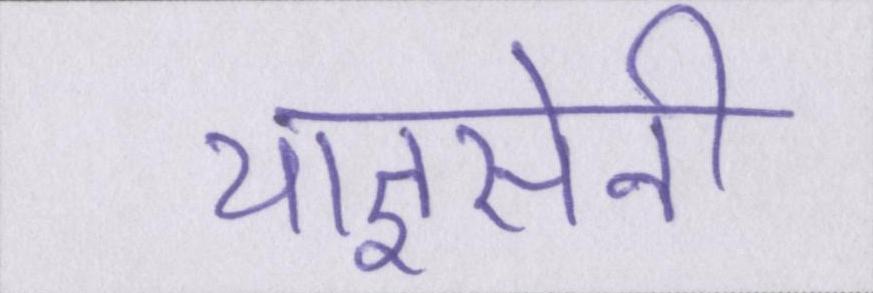
याज्ञसेनी